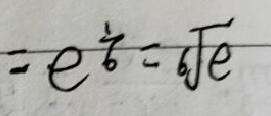
= e ^ { \frac { 1 } { 6 } } = \sqrt [ 6 ] { e }